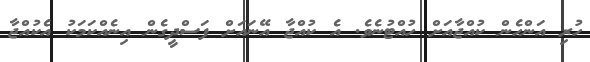
ހުރި އަންހެން ކުއްޖާއަށް ހުއްޓުނެވެ. އެ ކުއްޖާ އޭނައަށް ފަސްދީގެން އިނެއްކަމަކު އެކުއްޖާ